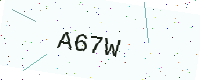
Text: A67W